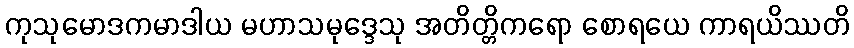
ကုသုမောဒကမာဒါယ မဟာသမုဒ္ဒေသု အတိတ္တိကရော စောရယေ ကာရယိဿတိ